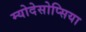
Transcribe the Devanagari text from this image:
म्योदेसोप्सिया